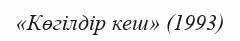
«Көгілдір кеш» (1993)